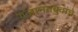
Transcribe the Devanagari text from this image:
गजाननबुवांचे